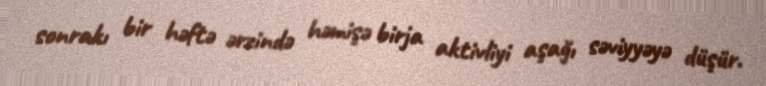
sonrakı bir həftə ərzində həmişə birja aktivliyi aşağı səviyyəyə düşür.